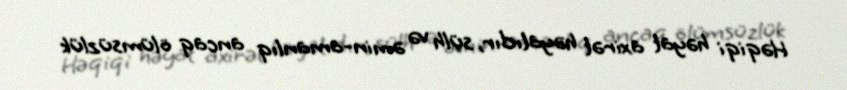
Həqiqi həyat axirət həyatıdır, sülh və əmin-amanlıq ancaq ölümsüzlük